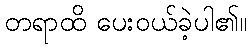
တရာထိ ပေးဝယ်ခဲ့ပါ၏။